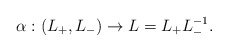
\begin{align*}\alpha: (L_{+}, L_{-}) \rightarrow L=L_{+} L_{-}^{-1}. \end{align*}